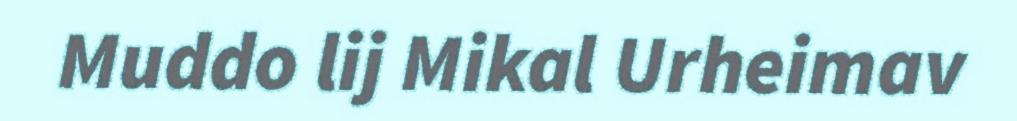
Muddo lij Mikal Urheimav